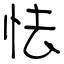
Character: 怯